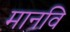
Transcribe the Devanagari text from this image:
मानवि